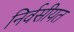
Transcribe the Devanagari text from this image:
निर्वसीयत